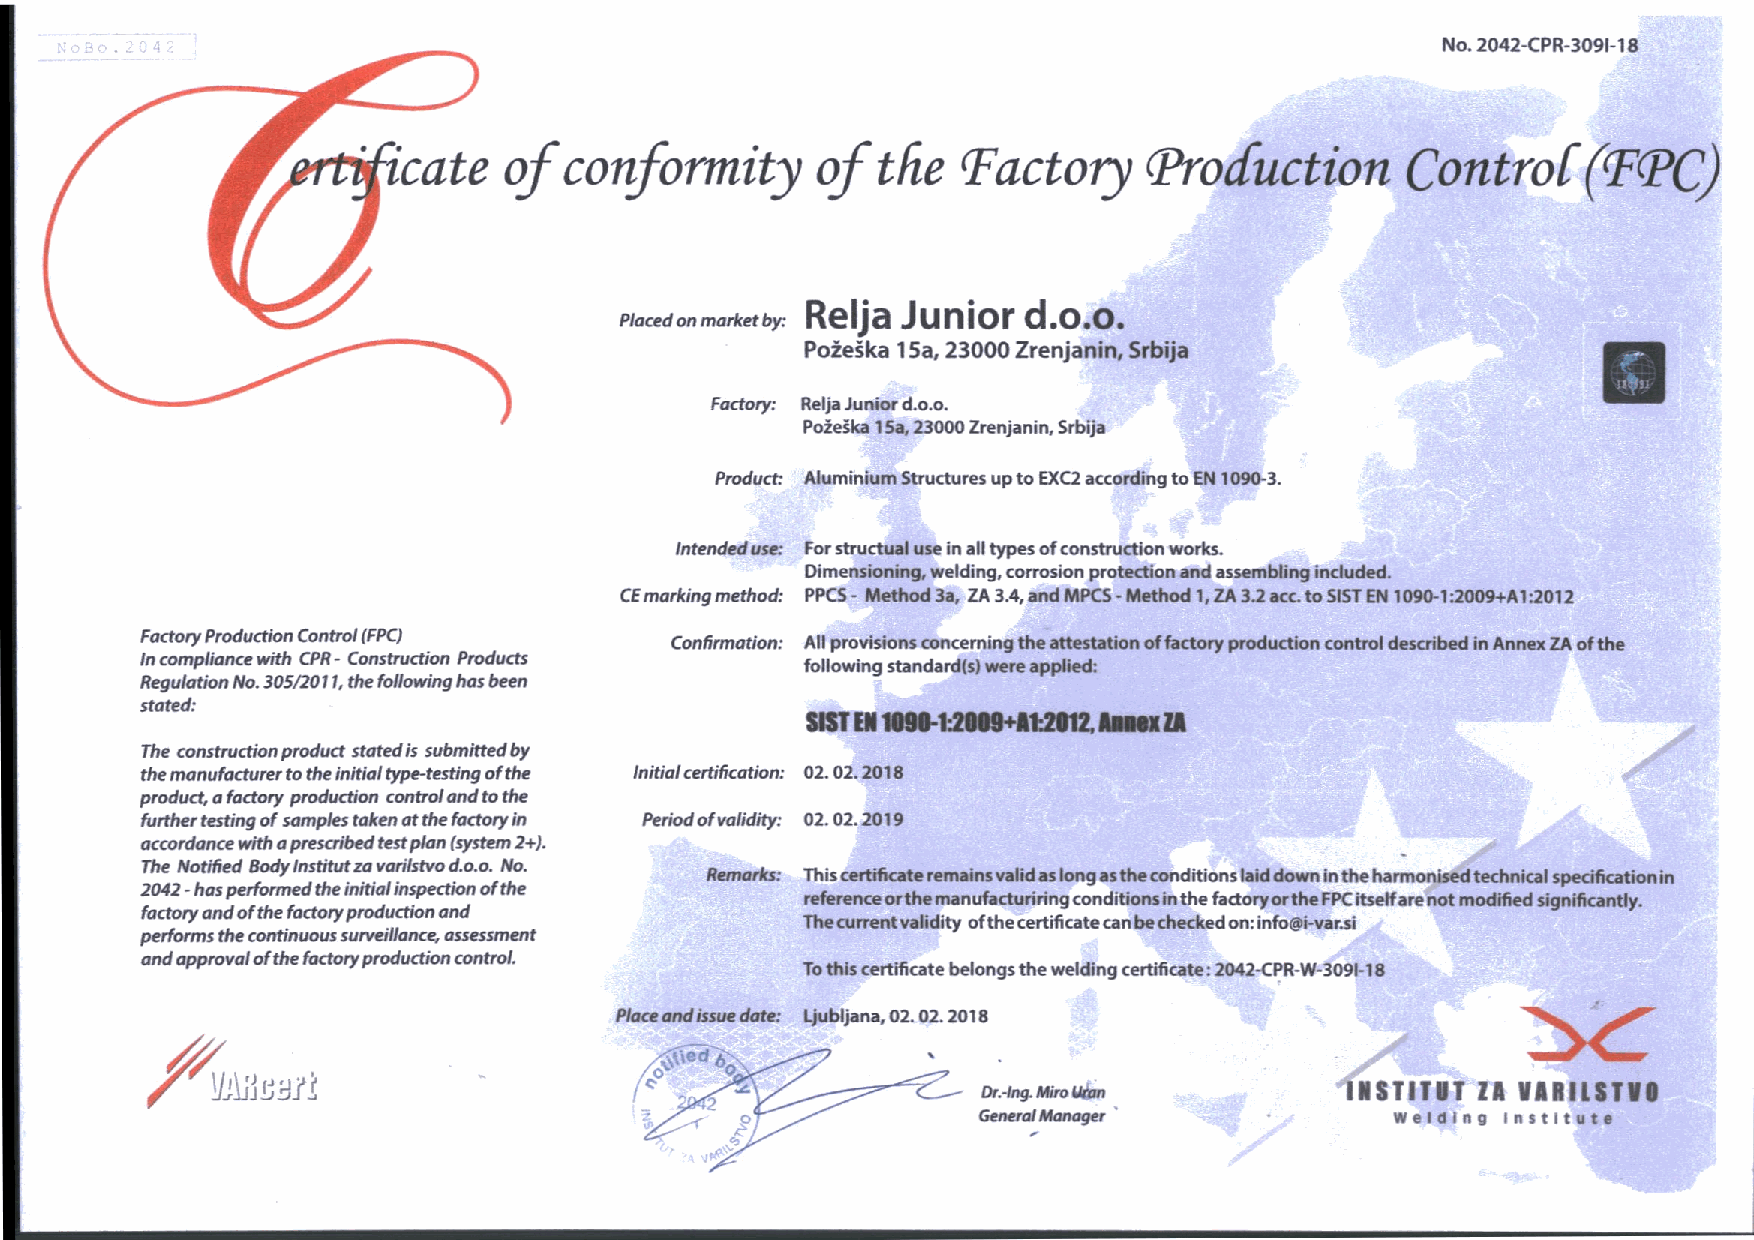
No.2 042-CPR-3091-18
 wate   ofc   onformity      oft  he  Eactory      Production       Control(FPC)
 Relja  Junior  d.o.o.
 Placed on market by:
 Poie;ka 15a, 23000 Zrenjanin, Srbija
 143,i
 Factory: Relja Junior d.o.o.
 Poiegka 15a, 23000 Zrenjanin, Srbija
 Product: Aluminium Structures up to EXC2 according to EN 1090-3.
 Intended use: For structual use in all types of construction works.
 Dimensioning, welding, corrosion protection and assembling included.
 CE marking method: PPCS - Method 3a, ZA 3.4, and MPCS - Method 1, ZA 3.2 acc. to 51ST EN 1090-1:2009+A1:2012
 Factory Production Control( FPC)   Confirmation: All provisions concerning the attestation of factory production control described in Annex ZA of the
 In compliance with CPR - Construction Products
 following standard(s) were applied:
 Regulation No. 305/2011, the following has been
 stated:
 SIST EN 1090-1:2009+11:2012, Annex ZA
 The construction product stated is submitted by
 the manufacturer to the initial type-testing of the Initial certification: 02. 02. 2018
 product, a factory production control and to the
 further testing of samples taken at the factory in Period of validity: 02. 02. 2019
 accordance with a prescribed test plan (system 2+).
 The Notified Body Institutz a varilstvo d.o.o. No.
 Remarks: This certificate remains valid as long as the conditions laid down in the harmonised technical specification in
 2042 - has performed the initial inspection oft he
 reference orthe manufacturiring conditions in the factory or the FPC itself are not modified significantly.
 factory and of the factory production and
 The current validity oft he certificate can be checked on:i nfo@i-var.si
 performs the continuous surveillance, assessment
 and approval oft he factory production control.
 To this certificate belongs the welding certificate: 2042-CPR-W-3091-18
 Place and issue date: Ljubljana, 02. 02.2018
 Dr.-lng. Miro Wan       INSTITUT LA VARILST110
 General Manager            Welding Institute